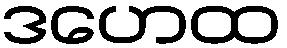
ဒဟေထ